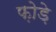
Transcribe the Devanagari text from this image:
फ़ोड़े